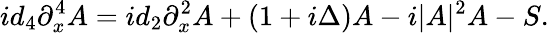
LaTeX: id_{4}\partial_{x}^{4}A=id_{2}\partial_{x}^{2}A+(1+i\Delta)A-i|A|^{2}A-S.